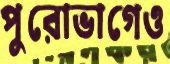
পুরোভাগেও